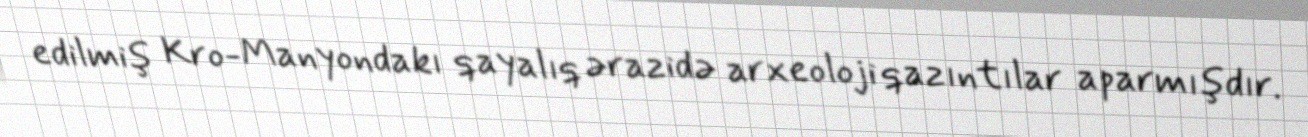
edilmiş Kro-Manyondakı qayalıq ərazidə arxeoloji qazıntılar aparmışdır.